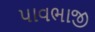
પાવભાજી